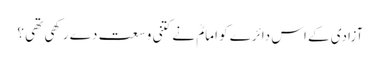
آزادی کے اس دائرے کو امامؒ نے کتنی وسعت دے رکھی تھی ؟